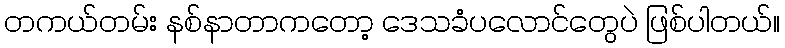
တကယ်တမ်း နစ်နာတာကတော့ ဒေသခံပလောင်တွေပဲ ဖြစ်ပါတယ်။